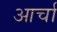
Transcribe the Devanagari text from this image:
आर्चा